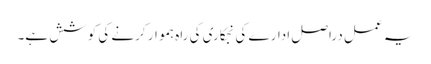
یہ عمل دراصل ادارے کی نجکاری کی راہ ہموار کرنے کی کوشش ہے۔